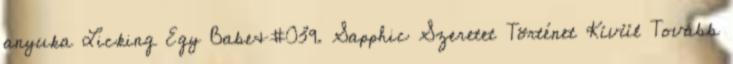
anyuka Licking Egy Babe&#039. Sapphic Szeretet Történet Kívül Tovább